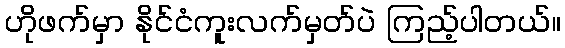
ဟိုဖက်မှာ နိုင်ငံကူးလက်မှတ်ပဲ ကြည့်ပါတယ်။